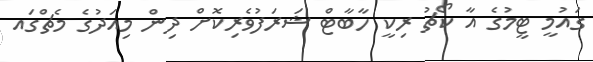
ގައުމީ ޓީމުގެ އާ ކޯޗު ރިކީ ހާބާޓް ޝަރަފުވެރިކޮށް ދިން މިއަދުގެ މެޗްގައ